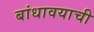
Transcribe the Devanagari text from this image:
बांधावयाची